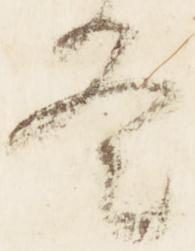
冬